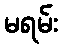
မရမ်း